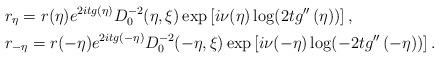
LaTeX: \begin{align*} &r_{\eta}=r(\eta)e^{2itg(\eta)}D^{-2}_{0}(\eta,\xi)\exp\left[i\nu(\eta)\log(2tg''\left(\eta\right))\right],\\ &r_{-\eta}=r(-\eta)e^{2itg(-\eta)}D^{-2}_{0}(-\eta,\xi)\exp\left[i\nu(-\eta)\log(-2tg''\left(-\eta\right))\right].\end{align*}